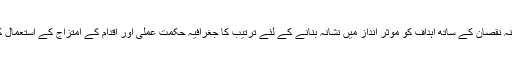
وسائل کے کم سے کم ممکنہ نقصان کے ساتھ اہداف کو موثر انداز میں نشانہ بنانے کے لئے ترتیب کا جغرافیہ حکمت عملی اور اقدام کے امتزاج کے استعمال کی حوصلہ افزائی کرتا ہے۔